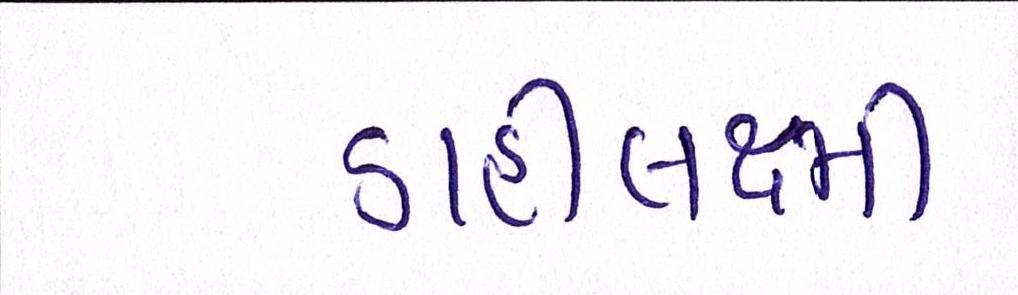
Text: ડાહીલક્ષ્મી